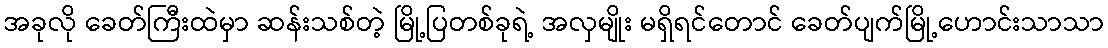
အခုလို ခေတ်ကြီးထဲမှာ ဆန်းသစ်တဲ့ မြို့ပြတစ်ခုရဲ့ အလှမျိုး မရှိရင်တောင် ခေတ်ပျက်မြို့ဟောင်းသာသာ